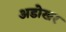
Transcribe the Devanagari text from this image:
अडोखर